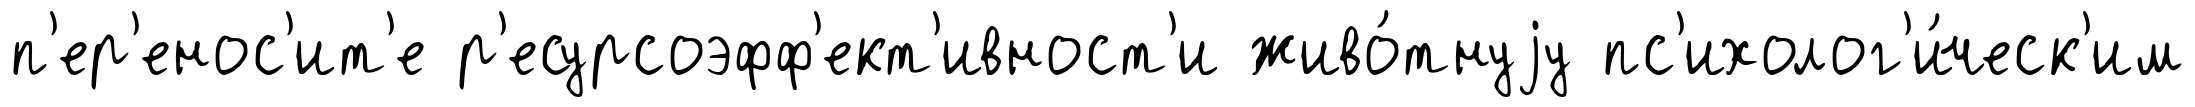
п'ер'енос'ит'е р'есурсоэфф'ект'ивност'и живо́тнуjу пс'ихолог'и́ческ'им